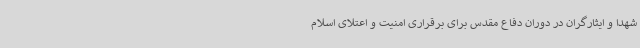
شهدا و ایثارگران در دوران دفاع مقدس برای برقراری امنیت و اعتلای اسلام